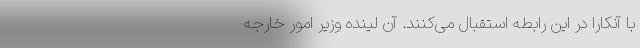
با آنکارا در این رابطه استقبال می‌کنند. آن لینده وزیر امور خارجه